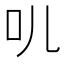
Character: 䶷